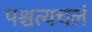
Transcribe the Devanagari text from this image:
पश्चत्यचलं